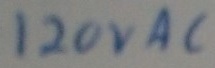
Text: 120VAC